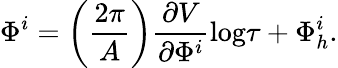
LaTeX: \Phi^{i}=\left(\frac{2\pi}{A}\right)\frac{\partial V}{\partial\Phi^{i}}\mathrm{log}\tau+\Phi_{h}^{i}.